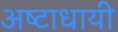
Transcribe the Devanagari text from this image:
अष्‍टाधायी